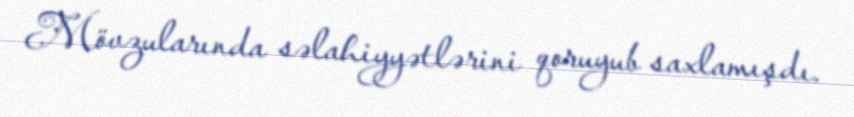
Mövzularında səlahiyyətlərini qoruyub saxlamışdı.